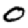
Digit: 0